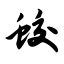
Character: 蛟